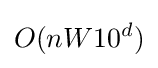
O(nW10^{d})